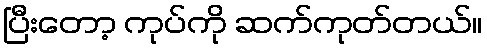
ပြီးတော့ ကုပ်ကို ဆက်ကုတ်တယ်။